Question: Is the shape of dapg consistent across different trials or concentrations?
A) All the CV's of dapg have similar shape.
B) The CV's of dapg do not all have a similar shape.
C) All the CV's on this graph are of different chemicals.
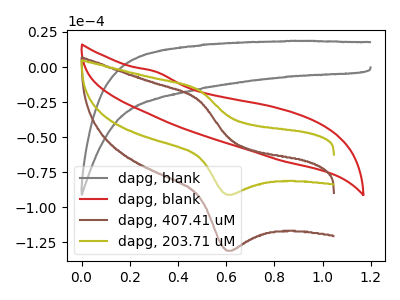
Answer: <think>The gray curve "dapg, blank" has no peaks. The red curve "dapg, blank" has no peaks. The brown curve "dapg, 407.41 uM" has an anodic peak at (0.50V, -23.80uA) and a cathodic peak at (0.60V, -131.00uA). The olive curve "dapg, 203.71 uM" has an anodic peak at (0.50V, -16.55uA) and a cathodic peak at (0.60V, -91.10uA).
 Neither "dapg, blank" or "dapg, blank" have any peaks. "dapg, blank" and "dapg, 407.41 uM" have a different number of peaks. "dapg, blank" and "dapg, 203.71 uM" have a different number of peaks. "dapg, blank" and "dapg, 407.41 uM" have a different number of peaks. "dapg, blank" and "dapg, 203.71 uM" have a different number of peaks. All the peaks in "dapg, 407.41 uM" have a peak in "dapg, 203.71 uM" at the same potential.</think>
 <answer>A) All the CV's of "dapg" have similar shape.</answer>
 <eval>A</eval>